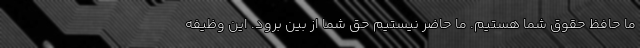
ما حافظ حقوق شما هستیم. ما حاضر نیستیم حق شما از بین برود. این وظیفه